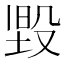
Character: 𭮳